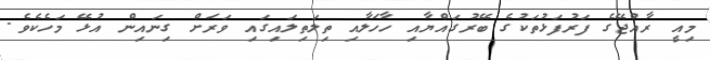
މިއީ ރާއްޖޭގެ ފަރުފަޅުތަކުގެ ބޭރުގައްޔާއި ހާހަލާއި ތިލަތިލައިގައި ވަރަށް ގިނައިން އުޅޭ މަހެކެވެ.